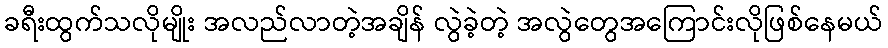
ခရီးထွက်သလိုမျိုး အလည်လာတဲ့အချိန် လွဲခဲ့တဲ့ အလွဲတွေအကြောင်းလိုဖြစ်နေမယ်